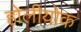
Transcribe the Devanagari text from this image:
होलीयोक